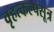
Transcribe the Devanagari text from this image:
वृहत्कल्पसूत्र